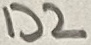
Text: D2